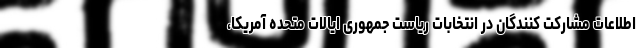
اطلاعات مشارکت کنندگان در انتخابات ریاست جمهوری ایالات متحده آمریکا،